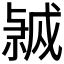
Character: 𭟸